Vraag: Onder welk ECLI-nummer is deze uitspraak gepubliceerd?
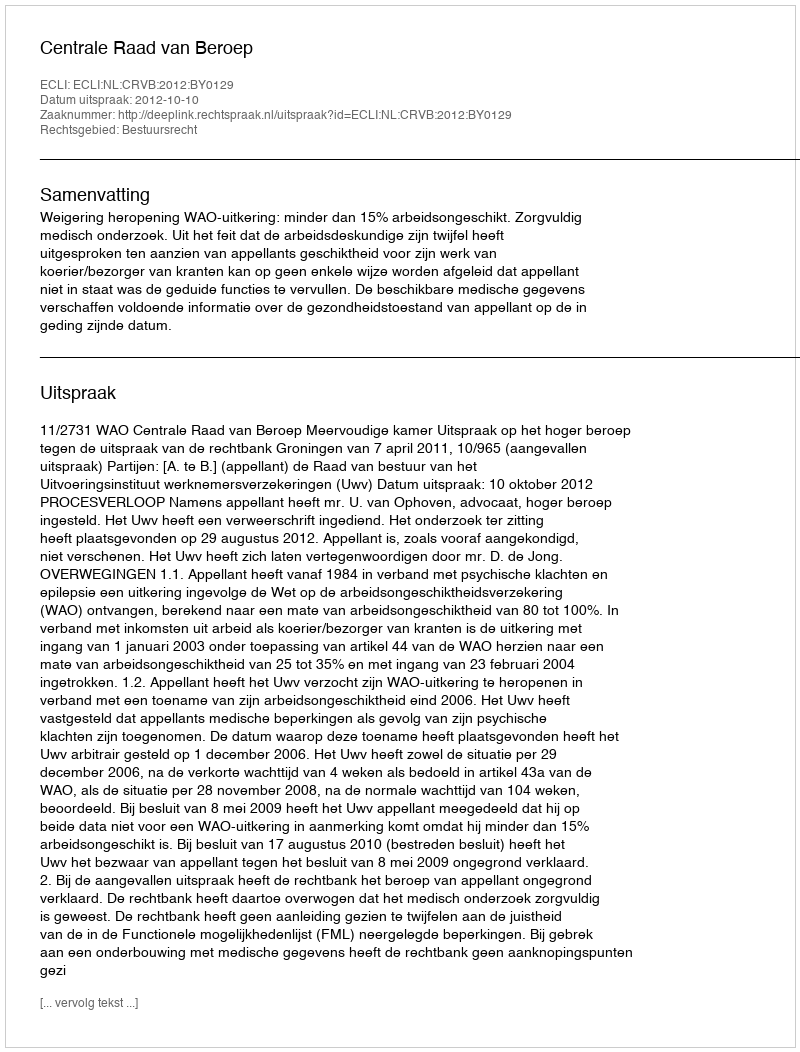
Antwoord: ECLI:NL:CRVB:2012:BY0129